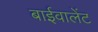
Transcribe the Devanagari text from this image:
बाईवालेंट